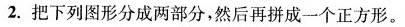
2.把下列图形分成两部分，然后再拼成一个正方形。